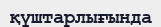
қүштарлығында